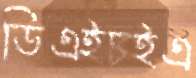
ডিএইচইএ